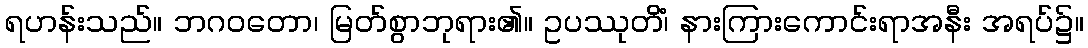
ရဟန်းသည်။ ဘဂဝတော၊ မြတ်စွာဘုရား၏။ ဥပဿုတိံ၊ နားကြားကောင်းရာအနီး အရပ်၌။